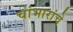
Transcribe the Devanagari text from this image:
चांभारांचे